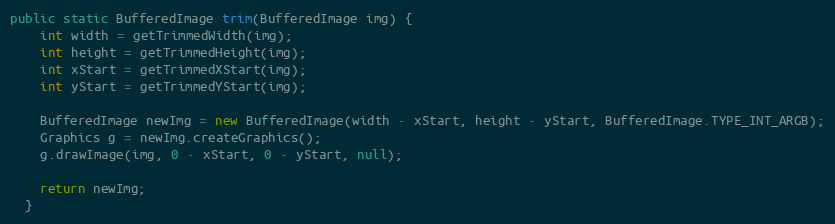
Language: Java
public static BufferedImage trim(BufferedImage img) {
    int width = getTrimmedWidth(img);
    int height = getTrimmedHeight(img);
    int xStart = getTrimmedXStart(img);
    int yStart = getTrimmedYStart(img);

    BufferedImage newImg = new BufferedImage(width - xStart, height - yStart, BufferedImage.TYPE_INT_ARGB);
    Graphics g = newImg.createGraphics();
    g.drawImage(img, 0 - xStart, 0 - yStart, null);

    return newImg;
  }